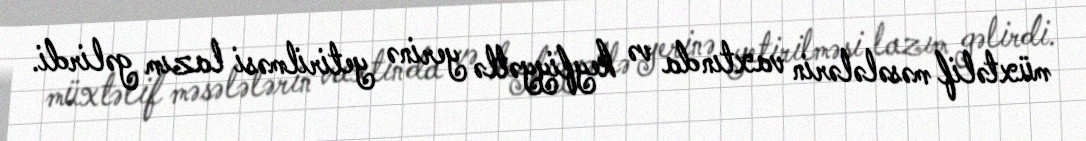
müxtəlif məsələlərin vaxtında və keyfiyyətlə yerinə yetirilməsi lazım gəlirdi.